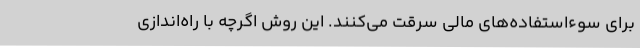
برای سوءاستفاده‌های مالی سرقت می‌کنند. این روش اگرچه با راه‌اندازی